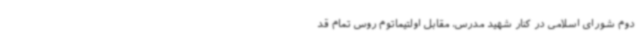
دوم شورای اسلامی در کنار شهید مدرس، مقابل اولتیماتوم روس تمام قد